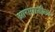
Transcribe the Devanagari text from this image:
आगगाडीला